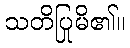
သတိပြုမိ၏။